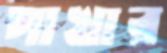
পাখার